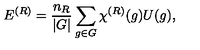
E ^ { ( R ) } = { \frac { n _ { R } } { | G | } } \sum _ { g \in G } \chi ^ { ( R ) } ( g ) U ( g ) ,